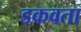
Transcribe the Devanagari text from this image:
डकवता